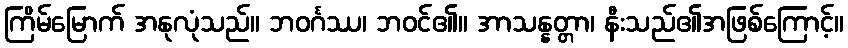
ကြိမ်မြောက် အနုလုံသည်။ ဘဝင်္ဂဿ၊ ဘဝင်၏။ အာသန္နတ္တာ၊ နီးသည်၏အဖြစ်ကြောင့်။